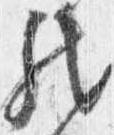
然